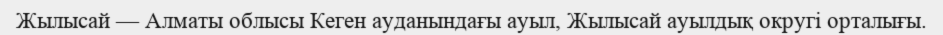
Жылысай — Алматы облысы Кеген ауданындағы ауыл, Жылысай ауылдық округі орталығы.